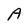
Character: A